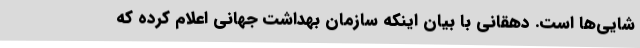
شایی‌ها است. دهقانی با بیان اینکه سازمان بهداشت جهانی اعلام کرده که